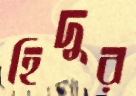
হিদুর